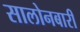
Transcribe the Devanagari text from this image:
सालोनबारी